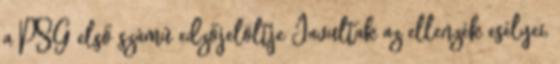
a PSG első számú edzőjelöltje Javultak az ellenzék esélyei,